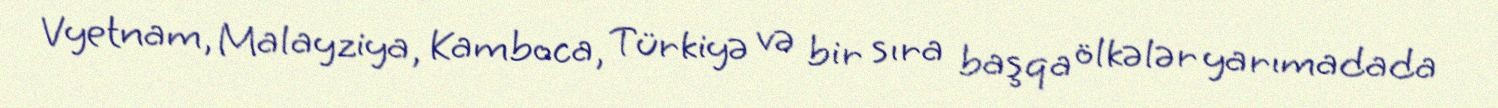
Vyetnam, Malayziya, Kamboca, Türkiyə və bir sıra başqa ölkələr yarımadada